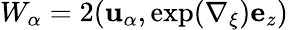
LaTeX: W_{\alpha}=2(\mathbf{u}_{\alpha},\exp(\nabla_{\xi}){\mathbf{e}}_{z})